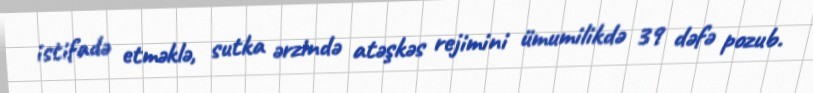
istifadə etməklə, sutka ərzində atəşkəs rejimini ümumilikdə 39 dəfə pozub.